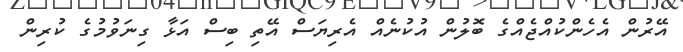
އޭރުން އެހެންކުއްޖެއްގެ ބޮލުން އުކުނެއް އެރިޔަސް އޭތި ބިސް އަޅާ ގިނަވުމުގެ ކުރިން